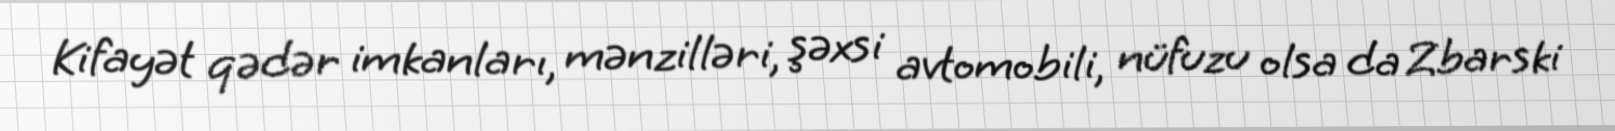
Kifayət qədər imkanları, mənzilləri, şəxsi avtomobili, nüfuzu olsa da Zbarski